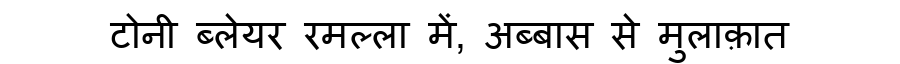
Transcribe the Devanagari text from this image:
टोनी ब्लेयर रमल्ला में, अब्बास से मुलाक़ात